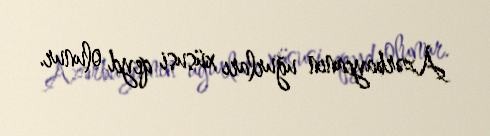
Azərbaycanın uğurları xüsusi qeyd olunur.